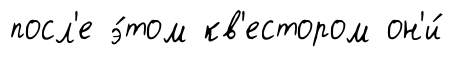
посл'е э́том кв'естором он'и́